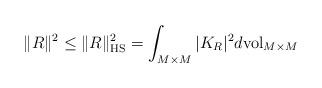
LaTeX: \begin{align*}\|R\|^2 \leq \| R\|^2_{{\rm HS}} = \int_{M\times M} |K_R|^2 d{\rm vol}_{M\times M}\end{align*}